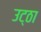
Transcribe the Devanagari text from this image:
उट्ठा